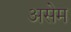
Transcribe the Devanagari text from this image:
असेम